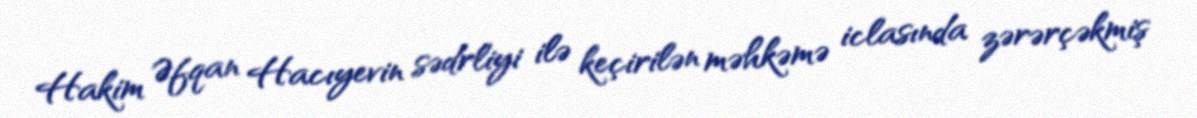
Hakim Əfqan Hacıyevin sədrliyi ilə keçirilən məhkəmə iclasında zərərçəkmiş